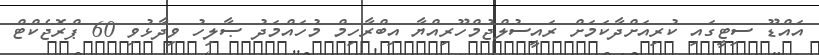
އައްޑޫ ސިޓީގައި ކުރިއަށްދާކަމަށް ރައީސުލްޖުމްހޫރިއްޔާ އިބްރާހިމް މުހައްމަދު ޞާލިހު ވިދާޅުވި 60 ޕްރޮޖެކްޓް